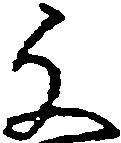
文